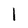
Character: l